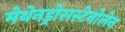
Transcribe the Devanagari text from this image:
मेथेनड्रोसस्टेनोलेन